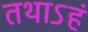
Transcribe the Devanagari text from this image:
तथाऽहं